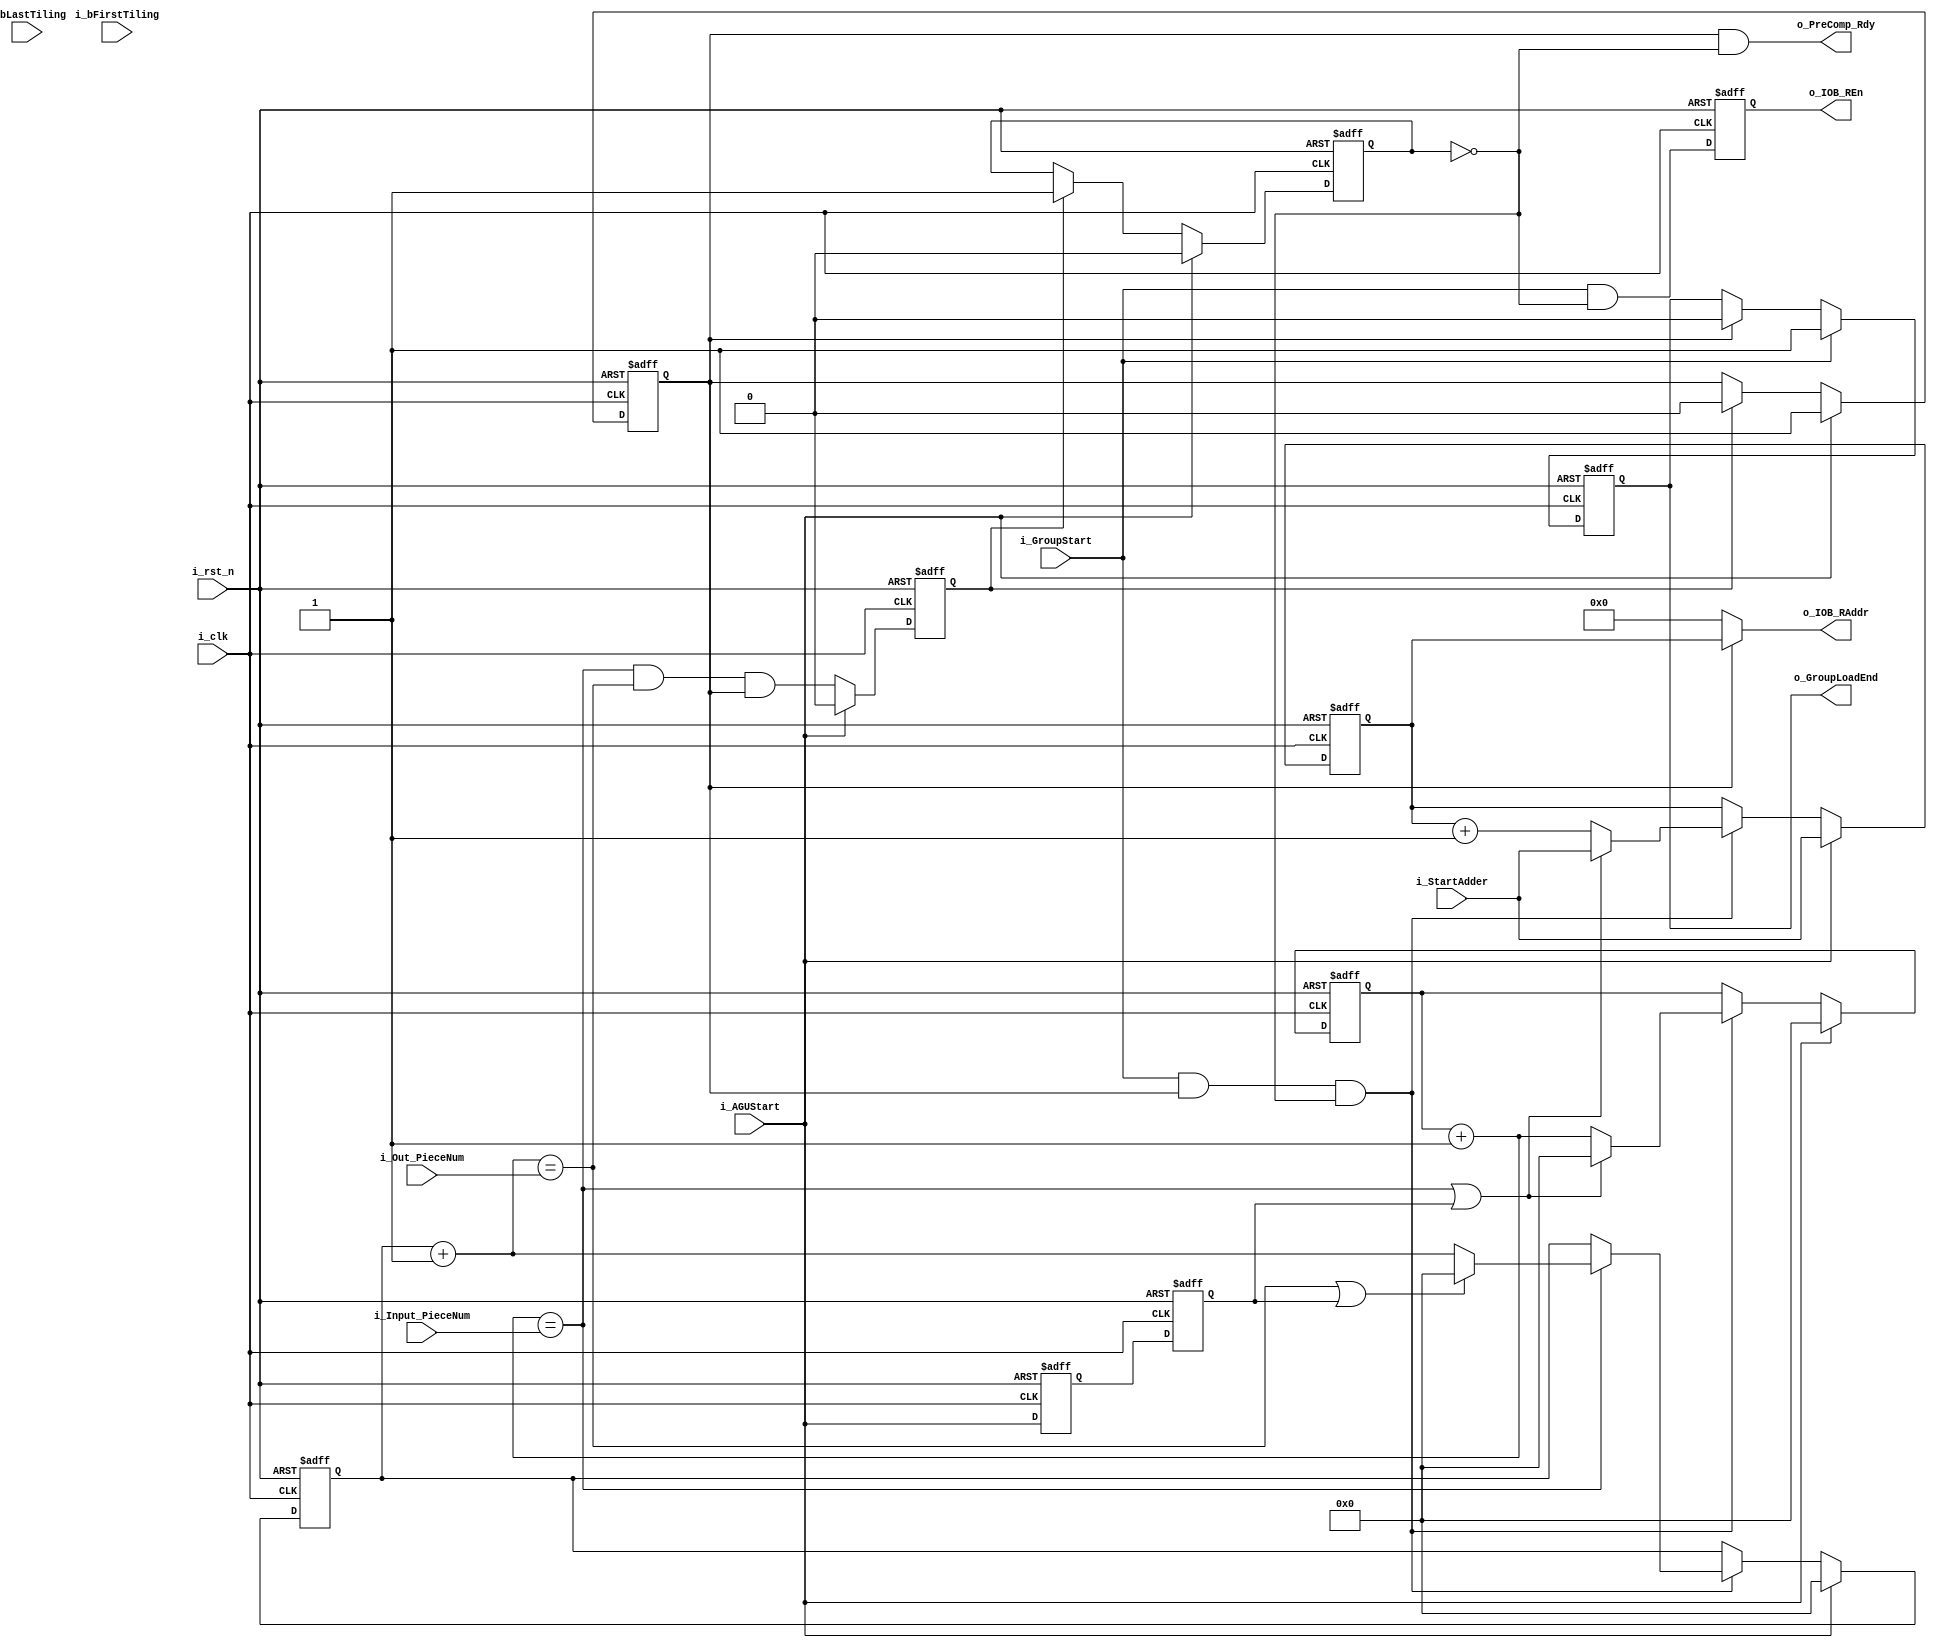
`timescale 1ns / 1ps
//////////////////////////////////////////////////////////////////////////////////
// Company: 
// Engineer: 
// 
// Design Name: 
// Module Name: IAGU_FC
// Project Name: 
// Target Devices: 
// Tool Versions: 
// Description: 
// 
// Dependencies: 
// 
// Revision:
// Revision 0.01 - File Created
// Additional Comments:
// 
//////////////////////////////////////////////////////////////////////////////////
//CHN:FC
module IAGU_FC (
    input i_clk  ,
    input i_rst_n,

    input [11:0] i_StartAdder   ,
    input [7:0] i_Input_PieceNum,
    input [7:0] i_Out_PieceNum  ,
    input i_bFirstTiling        ,
    input i_bLastTiling         ,
    input i_AGUStart            ,

    input i_GroupStart   ,
    output o_GroupLoadEnd,
    output o_PreComp_Rdy ,

    output o_IOB_REn         ,
    output [11:0] o_IOB_RAddr
    // output o_PE_Fc_out
);

    reg [11:0] r_OutAdder;
    reg        r_AdderEn;
    wire       c_AdderEnd;
    reg        r_AGU_Endf;

    reg [7:0] r_InputPiece;
    reg [7:0] r_OutPiece;
    wire      c_InputPieceEnd;
    wire      c_OutPieceEnd;

    reg r_WorkEn;
    reg first_group;
    reg first_group_t;
    reg r_AdderEnd;

    assign c_InputPieceEnd = (r_InputPiece + 8'd1 == i_Input_PieceNum);
    assign c_OutPieceEnd   = (r_OutPiece + 8'd1 == i_Out_PieceNum);
    assign c_AdderEnd      = c_InputPieceEnd && c_OutPieceEnd && r_AdderEn;
    always@(posedge i_clk or negedge i_rst_n) begin
        if (!i_rst_n)
            r_AdderEn <= 1'd0;
            //first_group <= 1'b0
        else if (i_AGUStart )
            r_AdderEn <= 1'd1;
        else if (r_AdderEnd)
            r_AdderEn <= 1'd0;
        else
            r_AdderEn <= r_AdderEn;
    end

    always@(posedge i_clk or negedge i_rst_n) begin
        if (!i_rst_n)begin 
        first_group <= 1'b0;
        first_group_t <= 1'b0;
        end
        else  begin      
        first_group_t <= i_AGUStart;
        first_group <= first_group_t;
        end
    end

    always@(posedge i_clk or negedge i_rst_n) begin
        if (!i_rst_n)
            r_InputPiece <= 8'd0;
        else if (i_AGUStart )
            r_InputPiece <= 8'd0;   
        else if (i_GroupStart & r_AdderEn & ~r_AGU_Endf)
            if (c_InputPieceEnd || first_group)
                r_InputPiece <= 8'd0;
            else
                r_InputPiece <= r_InputPiece + 8'd1;
        else
            r_InputPiece <= r_InputPiece;
    end

    always@(posedge i_clk or negedge i_rst_n) begin
        if (!i_rst_n)
            r_OutPiece <= 8'd0;
        else if(i_AGUStart )
            r_OutPiece <= 8'd0; 
        else if (i_GroupStart & r_AdderEn & ~r_AGU_Endf)
            if (c_InputPieceEnd)
                if (c_OutPieceEnd || first_group)
                    r_OutPiece <= 8'd0;
                else
                    r_OutPiece <= r_OutPiece + 8'd1;
            else
                r_OutPiece <= r_OutPiece;
        else
            r_OutPiece <= r_OutPiece;
    end

    //CHN:  
    always@(posedge i_clk or negedge i_rst_n) begin
        if (!i_rst_n)
                r_OutAdder <= 12'd0;
        else if (i_AGUStart )
                r_OutAdder <= i_StartAdder;
        else if (i_GroupStart & r_AdderEn & ~r_AGU_Endf)
            if (c_InputPieceEnd || first_group)
                r_OutAdder <= i_StartAdder;
            else
                r_OutAdder <= r_OutAdder + 12'd1;
        else
            r_OutAdder <= r_OutAdder;
    end
    always@(posedge i_clk or negedge i_rst_n) begin
        if (!i_rst_n) begin
            r_AdderEnd <= 1'd0;
        end else begin
            if (i_AGUStart)
                r_AdderEnd <= 1'd0;
            else r_AdderEnd <= c_AdderEnd;
        end
    end  
    always@(posedge i_clk or negedge i_rst_n) begin
        if (!i_rst_n) begin
            r_AGU_Endf <= 1'd0;
        end else begin
            if (i_AGUStart)
                r_AGU_Endf <= 1'd0;
            else if (r_AdderEnd)
                r_AGU_Endf <= 1'd1;
            else
                r_AGU_Endf <= r_AGU_Endf;
        end
    end

   // reg r_FCOutEn;
  //  always@(posedge i_clk or negedge i_rst_n) begin
  //      if (!i_rst_n) begin
   //         r_FCOutEn <= 1'd0;
   //     end else begin
            //if (i_GroupStart&i_bLastTiling&&c_AdderEnd) 
 //           if (i_bLastTiling && r_AdderEn && c_InputPieceEnd)
  //              r_FCOutEn <= 1'd1;
   //         else
   //             r_FCOutEn <= r_FCOutEn;
  //      end
//    end

    always@(posedge i_clk or negedge i_rst_n) begin
        if(!i_rst_n) r_WorkEn <= 1'd0;
        else         r_WorkEn <= i_GroupStart & ~r_AGU_Endf;
    end

    reg r_GroupLoadEnd;
    always@(posedge i_clk or negedge i_rst_n) begin
        if (!i_rst_n)          r_GroupLoadEnd <= 1'd0;
        else if (i_GroupStart) r_GroupLoadEnd <= 1'd1;
        else if (r_AdderEn)    r_GroupLoadEnd <= 1'd0;
        else                   r_GroupLoadEnd <= r_GroupLoadEnd;
    end

    //output    
    assign o_IOB_RAddr = (r_AdderEn) ? r_OutAdder : 12'd0;
    assign o_IOB_REn   = r_WorkEn;
    // assign o_PE_Fc_out = r_FCOutEn;
     
    assign o_PreComp_Rdy = r_AdderEn & (~r_AGU_Endf);
    assign o_GroupLoadEnd = r_GroupLoadEnd;

endmodule